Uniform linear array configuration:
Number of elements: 64
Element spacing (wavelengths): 1
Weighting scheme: exponential
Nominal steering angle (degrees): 30
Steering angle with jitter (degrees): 30.681
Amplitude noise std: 0.05
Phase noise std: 0.05

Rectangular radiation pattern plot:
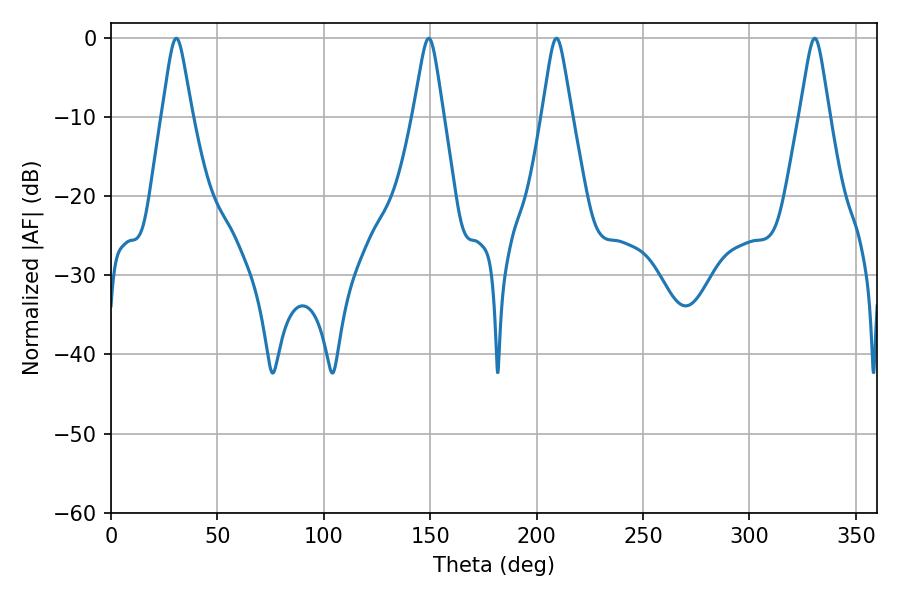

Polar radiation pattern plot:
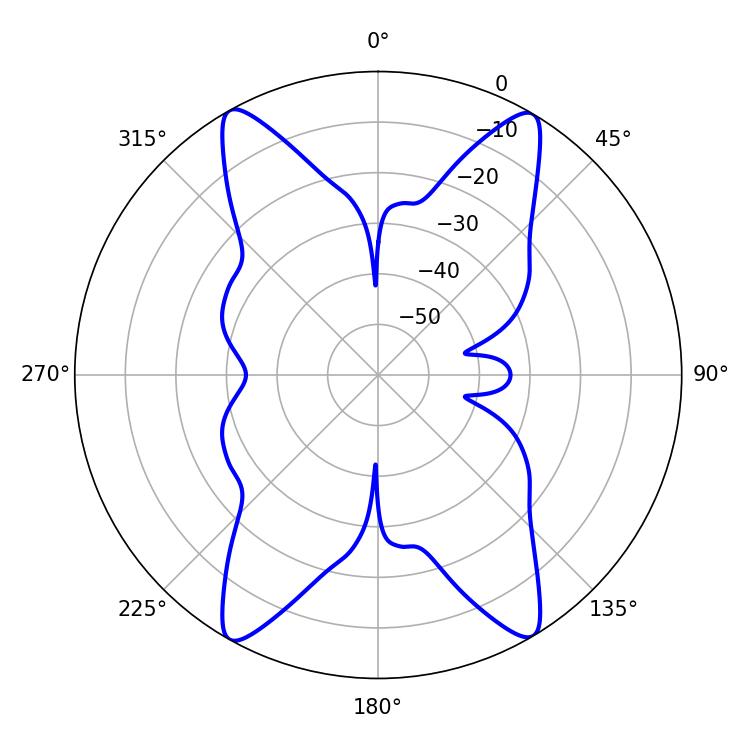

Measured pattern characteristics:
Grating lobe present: TRUE
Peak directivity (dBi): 23.563
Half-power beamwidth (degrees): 6.48
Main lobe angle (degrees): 330.66